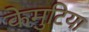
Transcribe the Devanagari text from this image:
केमुटिया